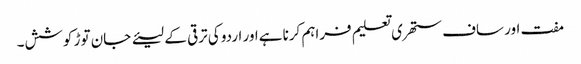
مفت اور ساف ستھری تعلیم فراہم کرنا ہےاور اردو کی ترقی کے لیئے جان توڑ کوشش۔